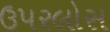
ઉપરલોસ